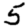
Digit: 5